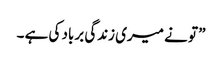
” تو نے میری زندگی برباد کی ہے ۔